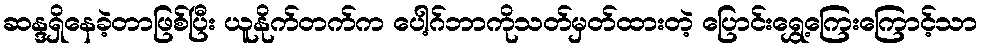
ဆန္ဒရှိနေခဲ့တာဖြစ်ပြီး ယူနိုက်တက်က ပေါ့ဂ်ဘာကိုသတ်မှတ်ထားတဲ့ ပြောင်းရွှေ့ကြေးကြောင့်သာ